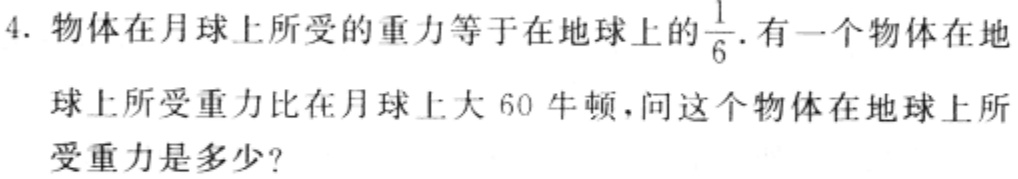
4. 物体在月球上所受的重力等于在地球上的$\frac{1}{6}$. 有一个物体在地球上所受重力比在月球上大 60 牛顿，问这个物体在地球上所受重力是多少？